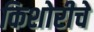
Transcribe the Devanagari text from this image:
किशोरीचे